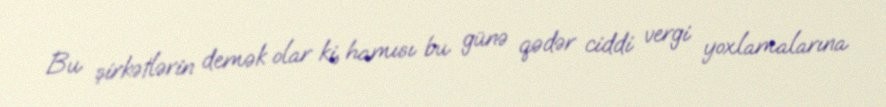
Bu şirkətlərin demək olar ki, hamısı bu günə qədər ciddi vergi yoxlamalarına